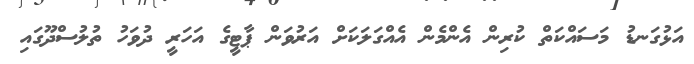
އަޅުގަނޑު މަސައްކަތް ކުރިން އެންމެން އެއްގަލަކަށް އަރުވަން ޕާޓީގެ އަހަރީ ދުވަހު ތުލުސްދޫގައި